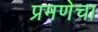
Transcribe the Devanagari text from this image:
प्रमणेचा